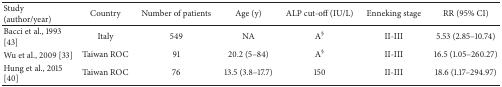
<table><thead><tr><td><b>Study (author/year)</b></td><td><b>Country</b></td><td><b>Number of patients</b></td><td><b>Age (y)</b></td><td><b>ALP cut-off (IU/L)</b></td><td><b>Enneking stage</b></td><td><b>RR (95% CI)</b></td></tr></thead><tbody><tr><td>Bacci et al., 1993 [43]</td><td>Italy</td><td>549</td><td>NA</td><td>A<sup>§</sup></td><td>II-III</td><td>5.53 (2.85–10.74)</td></tr><tr><td>Wu et al., 2009 [33]</td><td>Taiwan ROC</td><td>91</td><td>20.2 (5–84)</td><td>A<sup>§</sup></td><td>II-III</td><td>16.5 (1.05–260.27)</td></tr><tr><td>Hung et al., 2015 [40]</td><td>Taiwan ROC</td><td>76</td><td>13.5 (3.8–17.7)</td><td>150</td><td>II-III</td><td>18.6 (1.17–294.97)</td></tr></tbody></table>